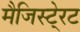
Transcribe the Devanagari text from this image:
मैजिस्टे्रट